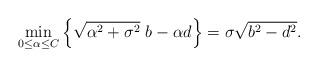
LaTeX: \begin{align*}\min_{0\leq\alpha\leq C}\left\{ \sqrt{\alpha^2+\sigma^2}~ b - \alpha d \right\} = \sigma\sqrt{b^2-d^2}.\end{align*}